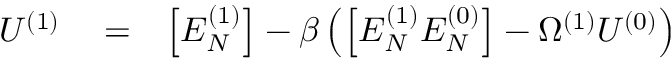
\begin{array} { r l r } { U ^ { ( 1 ) } } & { { } = } & { \left[ E _ { N } ^ { ( 1 ) } \right] - \beta \left( \left[ E _ { N } ^ { ( 1 ) } E _ { N } ^ { ( 0 ) } \right] - \Omega ^ { ( 1 ) } U ^ { ( 0 ) } \right) } \end{array}